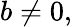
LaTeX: b\neq 0,